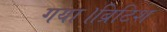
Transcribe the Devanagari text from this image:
गया।ब्रिटिश